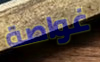
غواصة